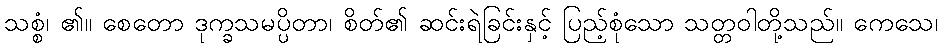
သစ္စံ၊ ၏။ စေတော ဒုက္ခသမပ္ပိတာ၊ စိတ်၏ ဆင်းရဲခြင်းနှင့် ပြည့်စုံသော သတ္တဝါတို့သည်။ ကေသေ၊